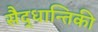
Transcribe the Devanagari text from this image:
सैद्धान्तिकी